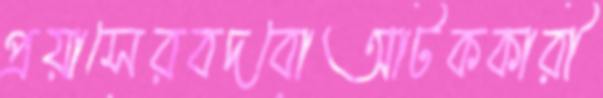
প্রয়াসেরবদবোআটককারী